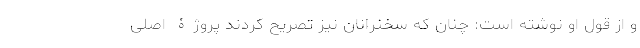
و از قول او نوشته است: چنان که سخنرانان نیز تصریح کردند پروژۀ اصلی